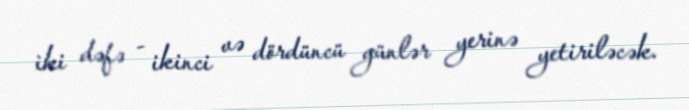
iki dəfə - ikinci və dördüncü günlər yerinə yetiriləcək.